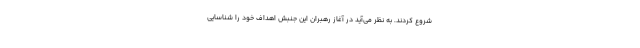
شروع کردند. به نظر می‌آید در آغاز رهبران این جنبش اهداف خود را شناسایی